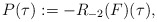
\begin{align*}P(\tau):=-R_{-2}(F)(\tau),\end{align*}